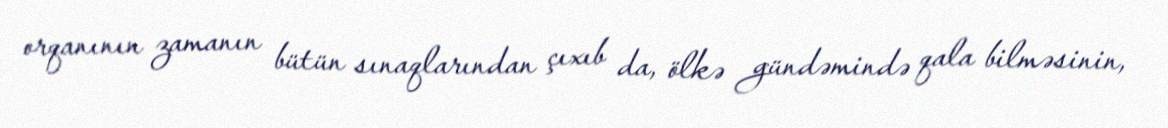
orqanının zamanın bütün sınaqlarından çıxıb da, ölkə gündəmində qala bilməsinin,